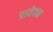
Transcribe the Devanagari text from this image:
प्रावेदन